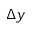
\Delta y